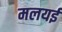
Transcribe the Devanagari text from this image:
मलयई